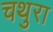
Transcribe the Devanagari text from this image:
चथुरा